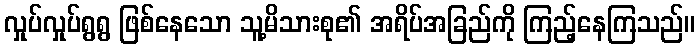
လှုပ်လှုပ်ရွရွ ဖြစ်နေသော သူ့မိသားစု၏ အရိပ်အခြည်ကို ကြည့်နေကြသည်။